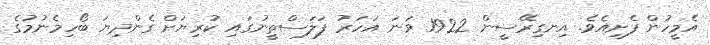
އެމީހުން ފެށިއެވެ. އިނގިރޭސީން 1922 ވަނަ އަހަރު ފަލަސްޠީނުގައި ކުރިޔަށް ގެންދިޔަ ބޯހިމެނުމުގެ